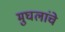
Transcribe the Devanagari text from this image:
मुघलांचे